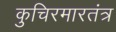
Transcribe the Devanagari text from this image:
कुचिरमारतंत्र